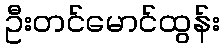
ဦးတင်မောင်ထွန်း